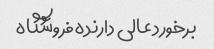
برخورد عالی دارنده فروشگاه